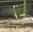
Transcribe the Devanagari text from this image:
वासींना